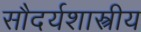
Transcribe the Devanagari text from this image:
सौदर्यशास्त्रीय